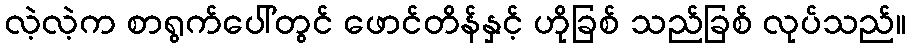
လဲ့လဲ့က စာရွက်ပေါ်တွင် ဖောင်တိန်နှင့် ဟိုခြစ် သည်ခြစ် လုပ်သည်။